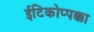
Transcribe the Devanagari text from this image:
ईटिकोप्पक्का